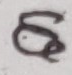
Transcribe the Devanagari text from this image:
ह